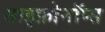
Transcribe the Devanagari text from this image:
साइफ़ोनॉप्स